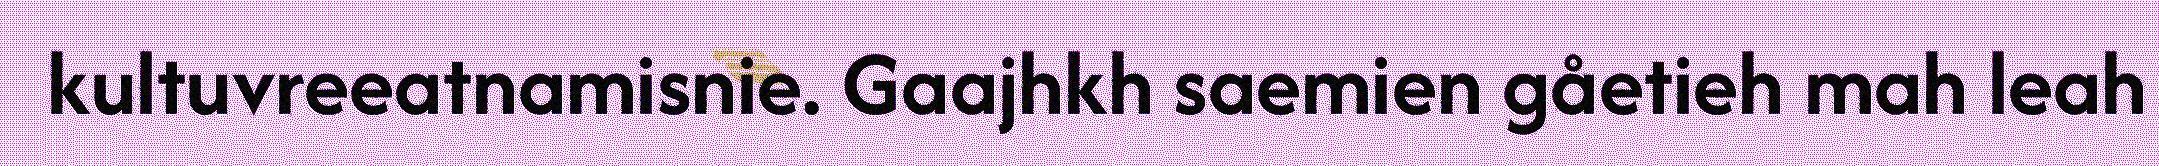
kultuvreeatnamisnie. Gaajhkh saemien gåetieh mah leah